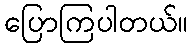
ပြောကြပါတယ်။